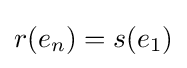
r(e_{n})=s(e_{1})